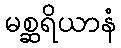
မစ္ဆရိယာနံ